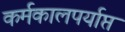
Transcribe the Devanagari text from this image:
कर्मकालपर्याप्त